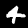
Label: 4